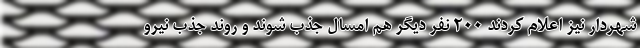
شهردار نیز اعلام کردند ٢٠٠ نفر دیگر هم امسال جذب شوند و روند جذب نیرو